Bréfritari: Sigurbjörg Einarsdóttir
Viðtakandi: Jón Borgfirðings Jónsson
Dagsetning: A-1882-01-12
Skrifað á: Akureyri  Eyf.

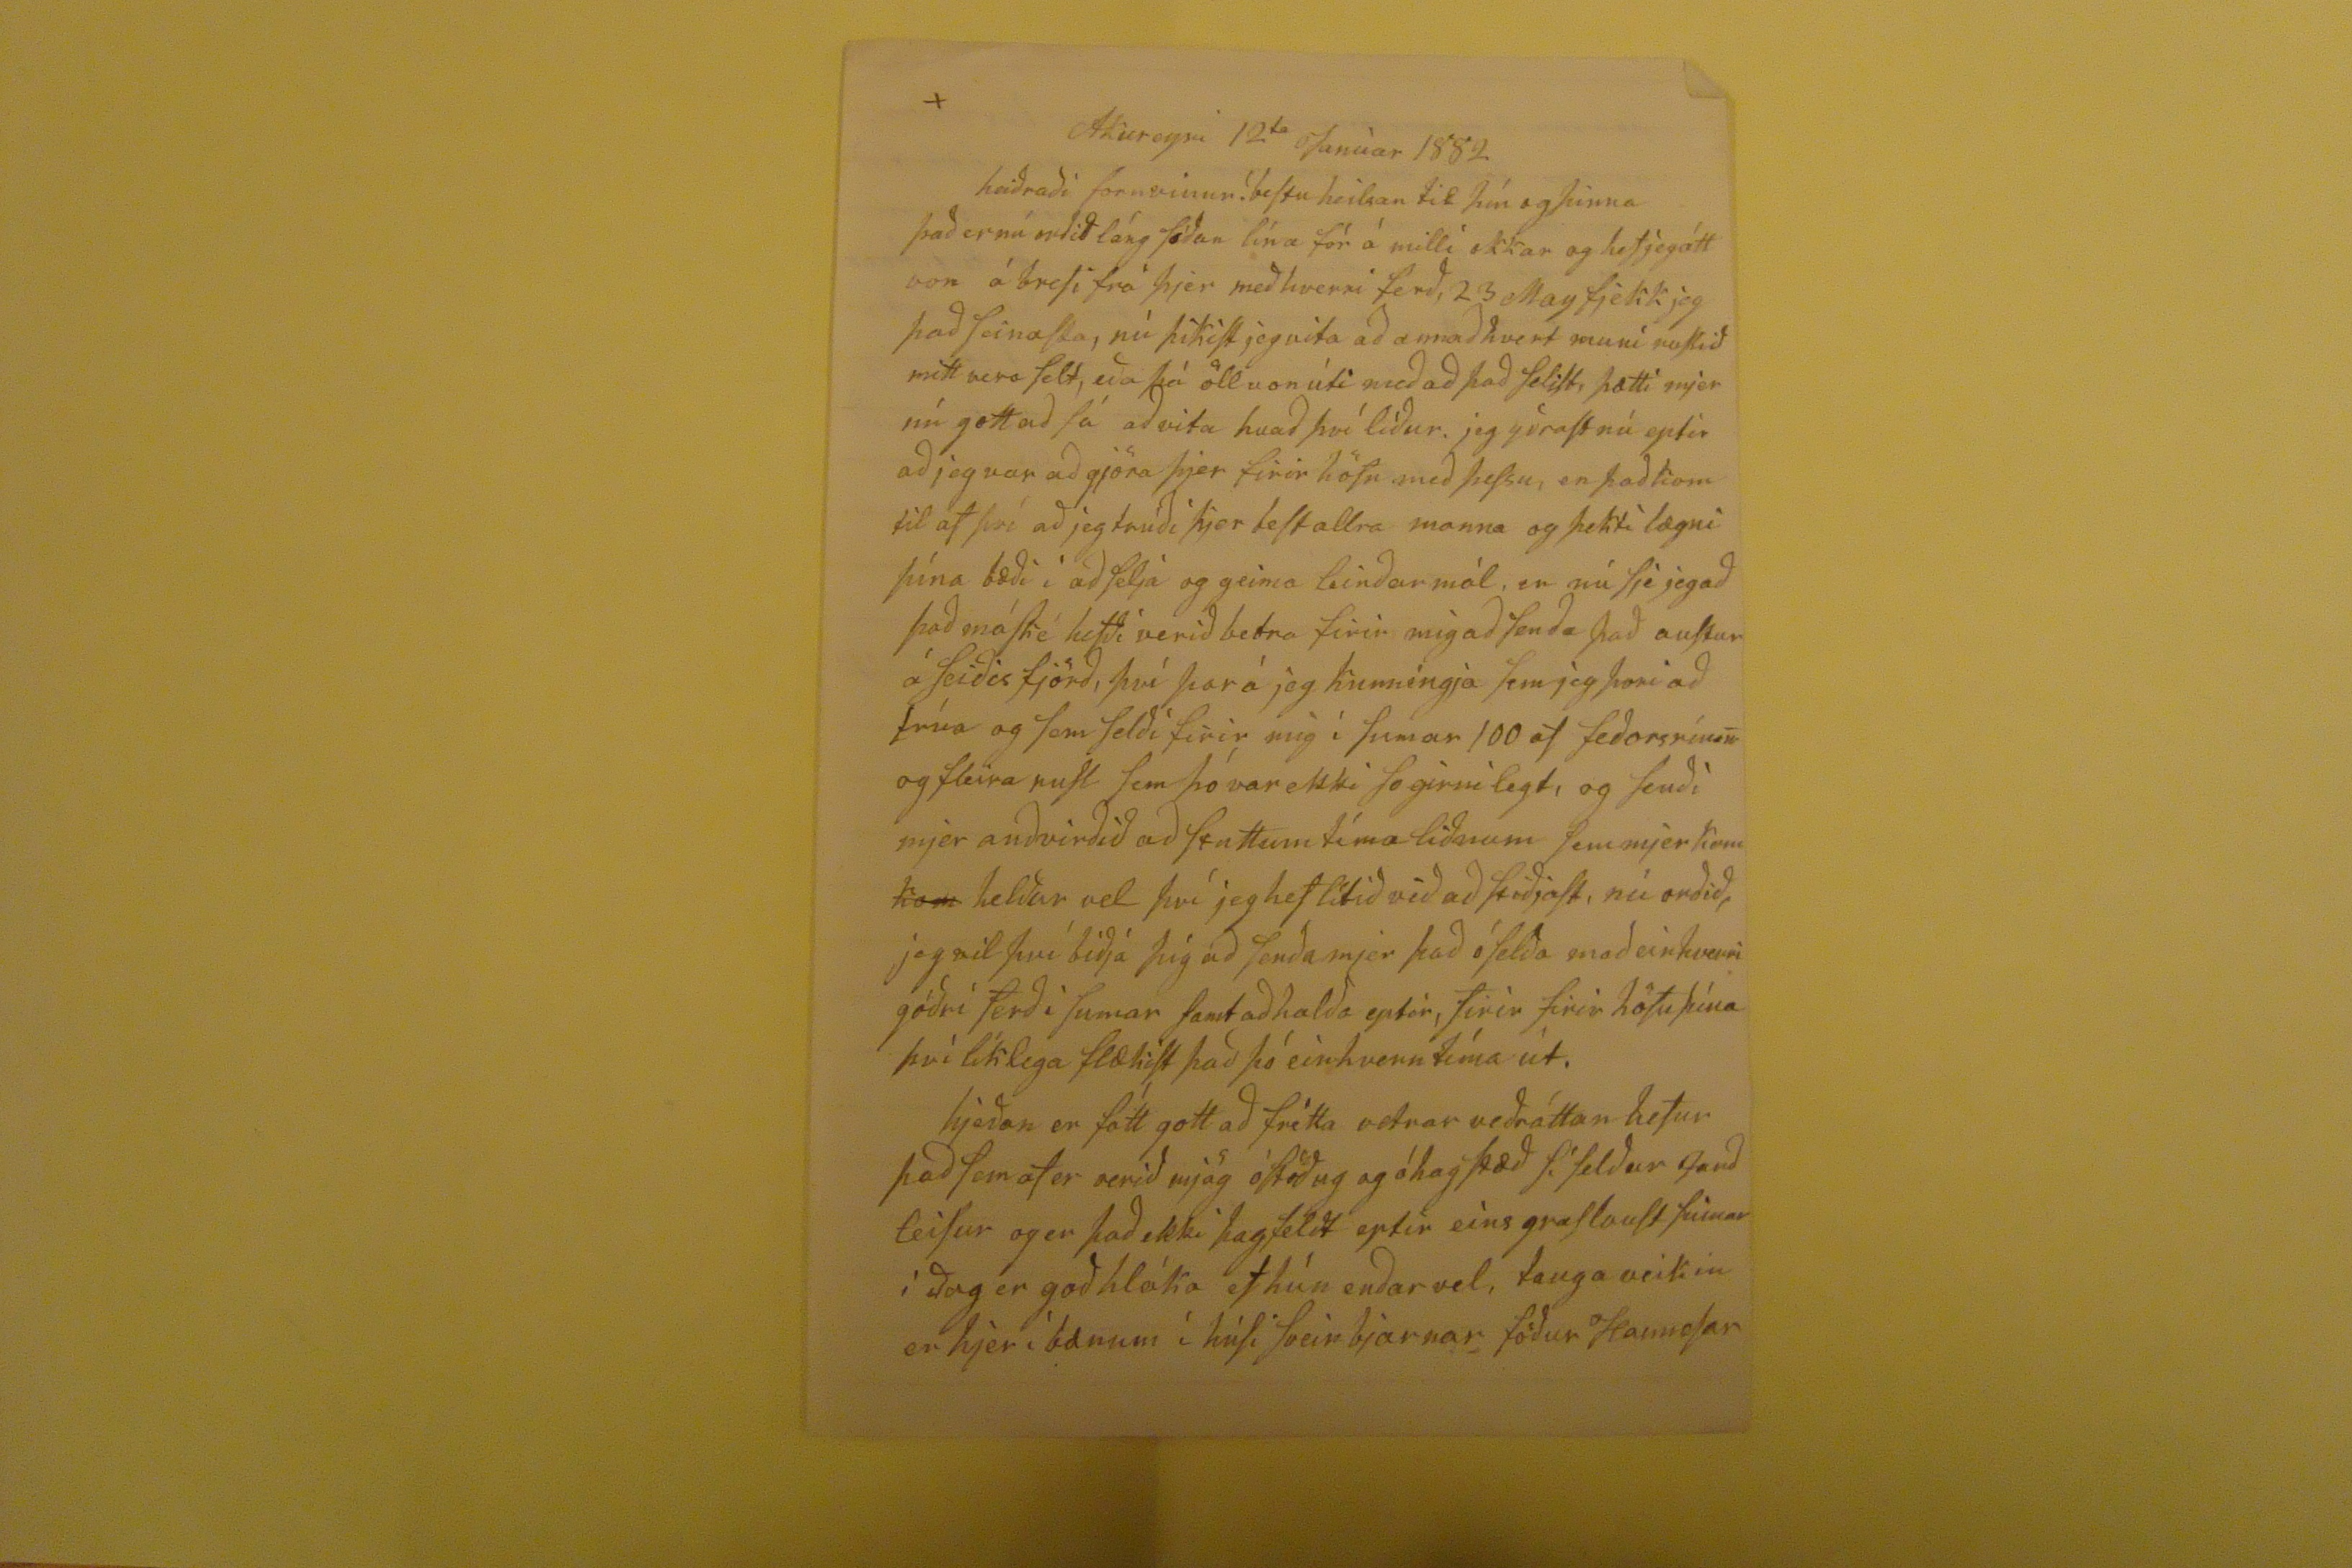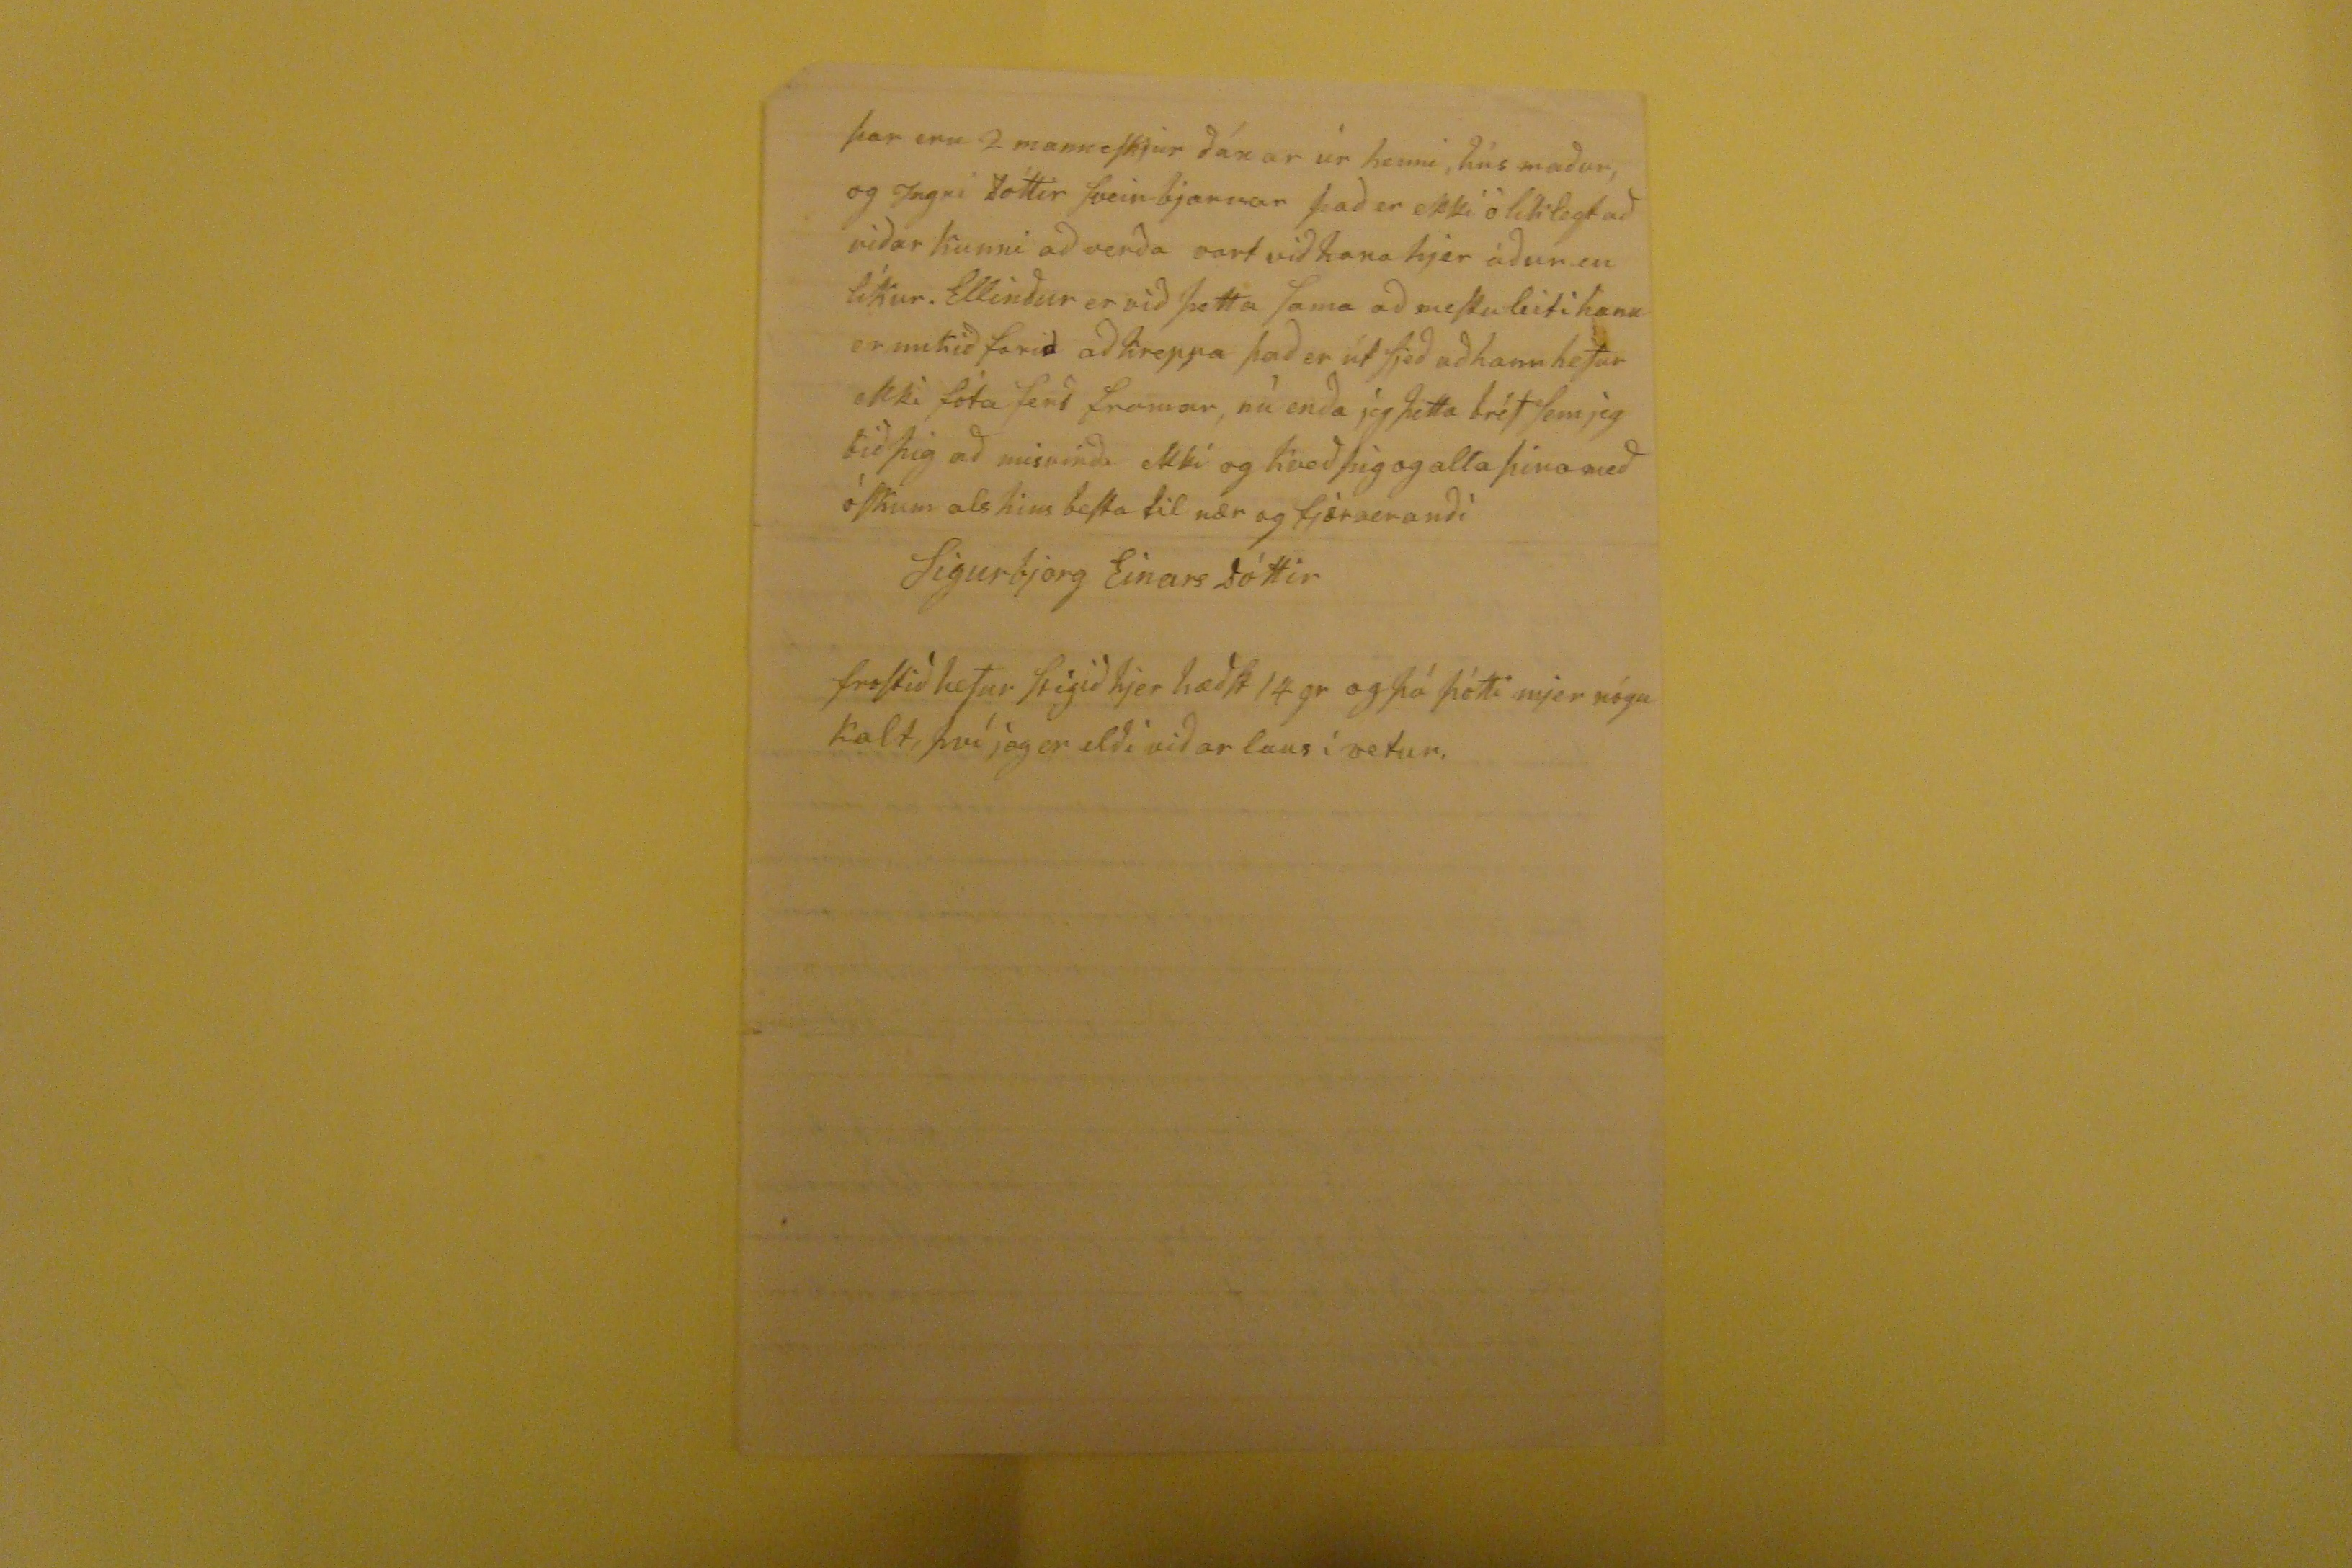

Akureyri 12
ta
Janúar 1882
heiðraði fornvinur! bestu heilsan til þín og þinna það er nú orðið láng síðan lína fór á milli okkar og hef jeg átt von á brefi frá þjer með hverri ferð, 23 May fjekk jeg það seinasta, nú þikist jeg vita að annað hvert muni
rokið
mitt vera selt, eða þá öll von úti með að það selist, þætti mjer nú gott að fá að vita hvað því líður.jeg yðrast nú eptir að jeg var að gjöra þjer firir höfn með þessu, en það kom til af því að jeg trúði þjer best allra manna og þekti lægni þína bæði í að selja og geima leinðarmál, en nú sje jeg að það máské hefði verið betra firi mig að senða það austur á seiðisfjörð, því þar á jeg kunningja sem jeg þori að trúa og sem selði firir mig í sumar 100 af feðorsrím
un
og fleira rusl sem þó var ekki so girnilegt, og senði mjer anðvirðið að stuttum t´ma liðnum sem mjer kom
kom
helður vel því jeg ehf lítið við að stiðjast, nú orðið, jeg vil því biðja þig að senða mjer það óselða með einhverri góðri ferð i sumar samt að halða eptir, firir firir höfu þína því líklega flækist það þó einhvern tíma út. hjeðan er fátt gott að frétta vetrar veðráttan hefur það sem af er verið mjög óstöðug og óhagstæð sífelður
Jarðleisur
og er það ekki hagfelðt eptir eins graslaust sumar og í ðag er goðhláka ef hún enðarvel, taugaveikin er hjer í bænum í húsi Sveinbjarnar föður Hannesar
þar eru 2 manneskjur ðánar úr henni, húsmaður, og Ingri dóttir Sveinbjarnar það er ekki óliklegt að viðar kunni að verða vart við hana hjer áður en líkur. Ellinður er við þetta sama að mestu leiti
hann
er mikið farið að kreppa það er út sjeð að hann hefur ekki fóta ferð framar, nú enða jeg þetta brjef sem jeg bið þig að misvirða ekki og kveð þig og alla þina með óskum als hins besta til nær og fjærveranði
Sigurbjorg EinarsDóttir
frostið hefur stigið hjer hæðst 14 gr og þá þótti mjer nógu kalt, því jeg er elði viðar laus í vetur,